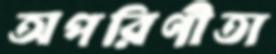
অপরিণীতা